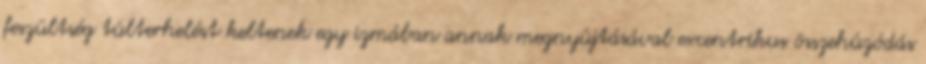
feszültség túlterhelést keltenek egy izmában annak megnyújtásával excentrikus összehúzódás